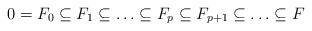
LaTeX: \begin{align*}0=F_0\subseteq F_1\subseteq\ldots\subseteq F_p\subseteq F_{p+1}\subseteq\ldots\subseteq F\end{align*}